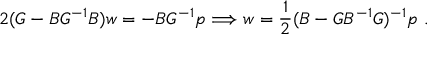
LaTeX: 2 ( G - B G ^ { - 1 } B ) w = - B G ^ { - 1 } p \Longrightarrow w = \frac { 1 } { 2 } ( B - G B ^ { - 1 } G ) ^ { - 1 } p \ .